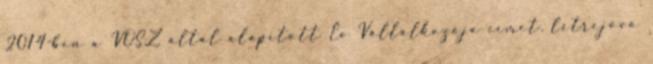
2014-ben a VOSZ által alapított Év Vállalkozója címet. létrejövô